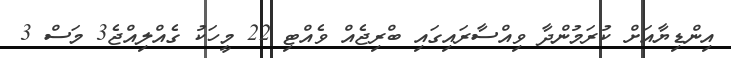
އިންޑިޔާއަށް ކުރަމުންދާ ވިއްސާރައިގައި ބްރިޖެއް ވެއްޓި 22 މީހަކު ގެއްލިއްޖެ3 މަސް 3